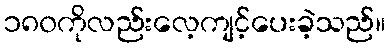
၁၈၀ကိုလည်းလေ့ကျင့်ပေးခဲ့သည်။